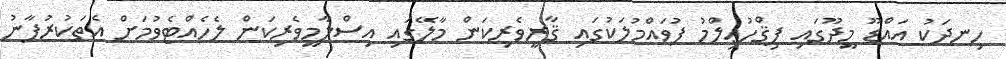
ހިނދަކު އައްޑޫ މީދޫގައި ފިޤްހުޢިލްމު ފުވައްމުލަކުގައި ޤާރީވެރިކަން މާލޭގައި އިސްލާމީވެރިކަން ލެހެއްޓެވުމަށް އެތަކުރުފާނު